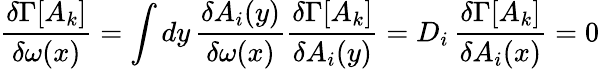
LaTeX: \frac{\delta\Gamma[A_{k}]}{\delta\omega(x)}=\int dy\, \frac{\delta A_{i}(y)}{\delta\omega(x)}\frac{\delta\Gamma[A_{k}]}{\delta A_{i}(y)}=D_{i}\, \frac{\delta\Gamma[A_{k}]}{\delta A_{i}(x)}=0